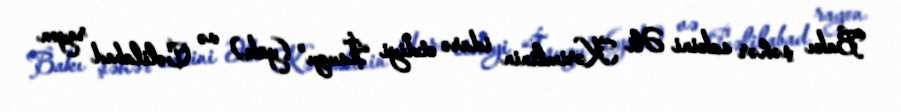
Bakı şəhər sakini Əli Kərimlinin idarə etdiyi “İsuzu” (yük) və Cəlilabad rayon